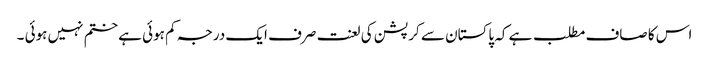
اس کا صاف مطلب ہے کہ پاکستان سے کرپشن کی لعنت صرف ایک درجہ کم ہوئی ہے ختم نہیں ہوئی ۔